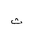
Letter: _tha